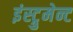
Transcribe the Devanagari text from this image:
इंस्ट्रुमेन्ट